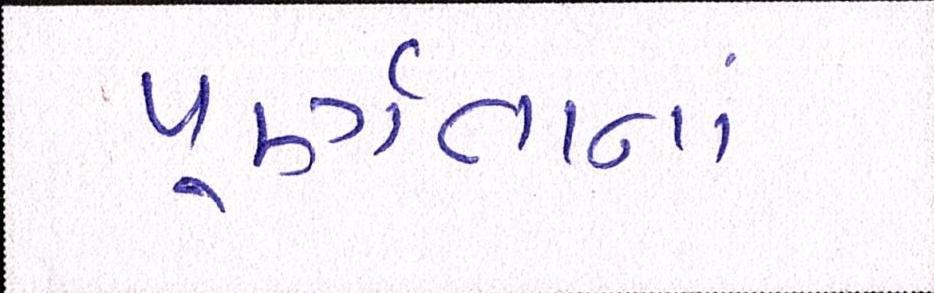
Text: પૂર્ણતાનાં